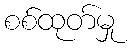
စစ်ထုတ်မှု